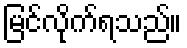
မြင်လိုက်ရသည်။